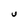
Character: U